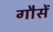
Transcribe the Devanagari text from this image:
गौसें